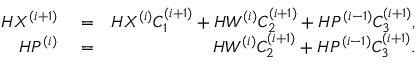
\begin{array} { r l r } { H X ^ { ( i + 1 ) } } & { { } = } & { H X ^ { ( i ) } C _ { 1 } ^ { ( i + 1 ) } + H W ^ { ( i ) } C _ { 2 } ^ { ( i + 1 ) } + H P ^ { ( i - 1 ) } C _ { 3 } ^ { ( i + 1 ) } , } \\ { H P ^ { ( i ) } } & { { } = } & { H W ^ { ( i ) } C _ { 2 } ^ { ( i + 1 ) } + H P ^ { ( i - 1 ) } C _ { 3 } ^ { ( i + 1 ) } . } \end{array}